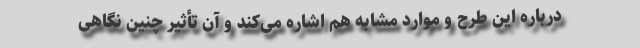
درباره این طرح و موارد مشابه هم اشاره می‌کند و آن تأثیر چنین نگاهی